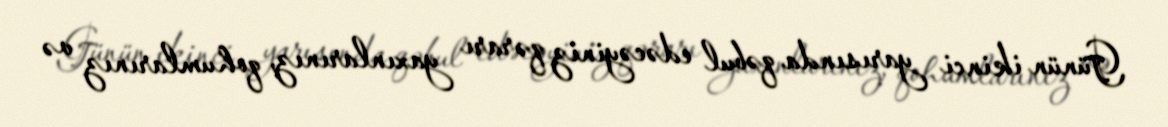
Günün ikinci yarısında qəbul edəcəyiniz qərarı yaxınlarınız, qohumlarınız və